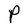
Character: P